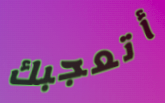
أتعجبك